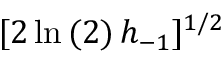
[ 2 \ln { ( 2 ) } \, h _ { - 1 } ] ^ { 1 / 2 }